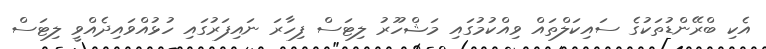
އެކި ބްރޭންޑުތަކުގެ ސައިކަލްތައް ވިއްކުމުގައި މަޝްހޫރު ލިޓަސް ފިހާރަ ނައިފަރުގައި ހުޅުއްވައިދެއްވީ ލިޓަސް